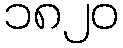
၁၈၂၀